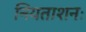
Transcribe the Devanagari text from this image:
नियताशनः